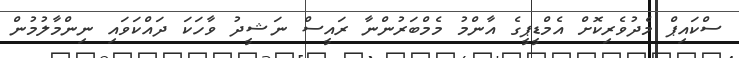
ސްކައިޕް މެދުވެރިކޮށް އެމްޑީޕީގެ އާންމު މެމްބަރުންނާ ރައީސް ނަޝީދު ވާހަކަ ދައްކަވައި ނިންމާލުމުން